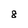
Character: 8